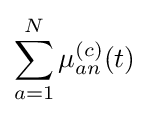
\sum _{a=1}^{N}\mu _{an}^{(c)}(t)